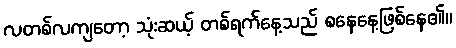
လတစ်လကျတော့ သုံးဆယ့် တစ်ရက်နေ့သည် စနေနေ့ဖြစ်နေ၏။